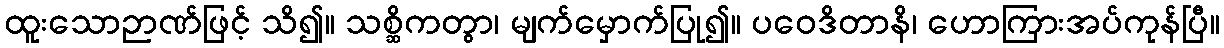
ထူးသောဉာဏ်ဖြင့် သိ၍။ သစ္ဆိကတွာ၊ မျက်မှောက်ပြု၍။ ပဝေဒိတာနိ၊ ဟောကြားအပ်ကုန်ပြီ။